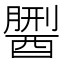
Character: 𨢏